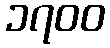
၁၇၀၀